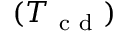
( T _ { \mathrm { ~ c ~ d ~ } } )